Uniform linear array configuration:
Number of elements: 4
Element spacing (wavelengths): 0.5
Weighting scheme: exponential
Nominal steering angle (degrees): -15
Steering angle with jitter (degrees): -16.22
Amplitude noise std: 0.05
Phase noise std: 0.05

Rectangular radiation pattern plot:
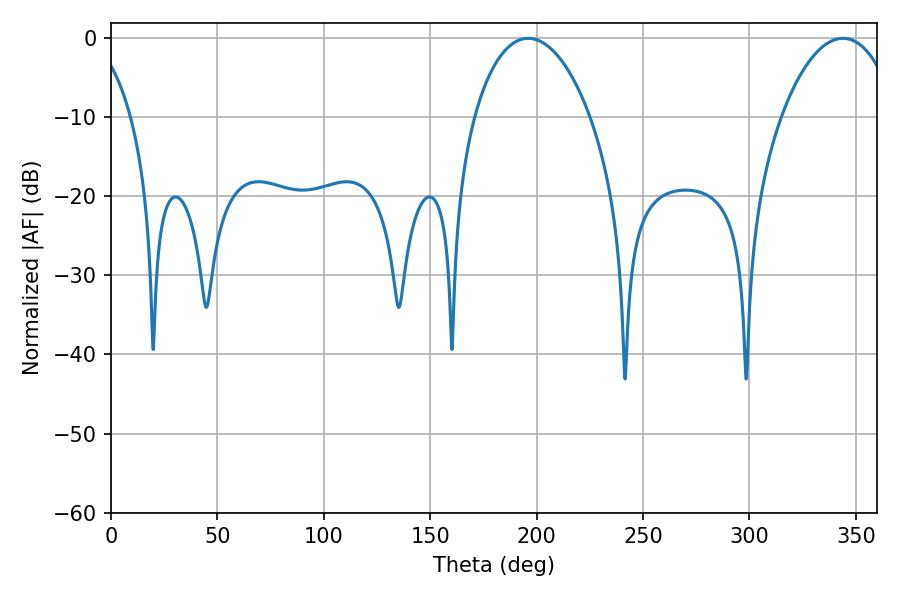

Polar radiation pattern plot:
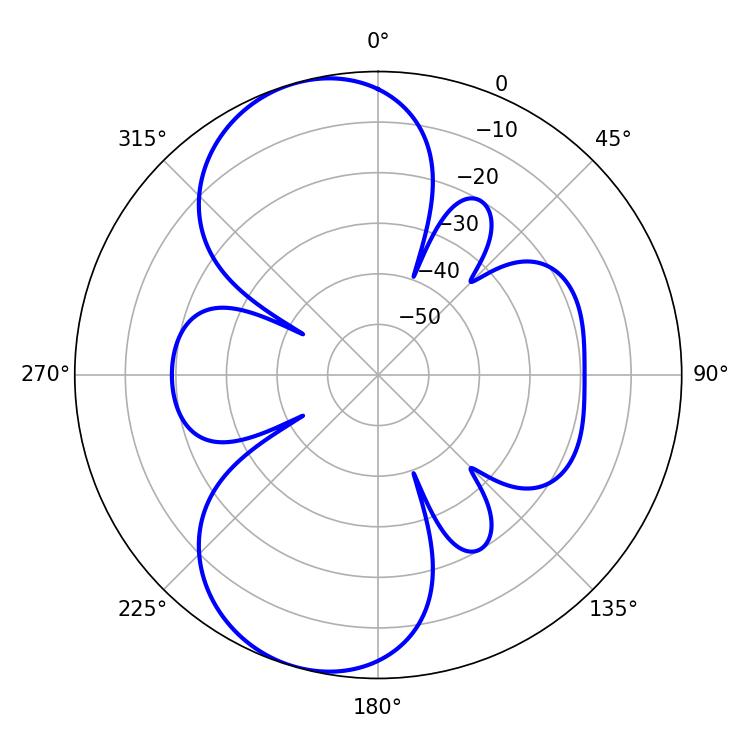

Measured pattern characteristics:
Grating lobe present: FALSE
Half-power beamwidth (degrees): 30.78
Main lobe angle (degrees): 196.02